Development of the parasite of Indian kala azar - Number 53
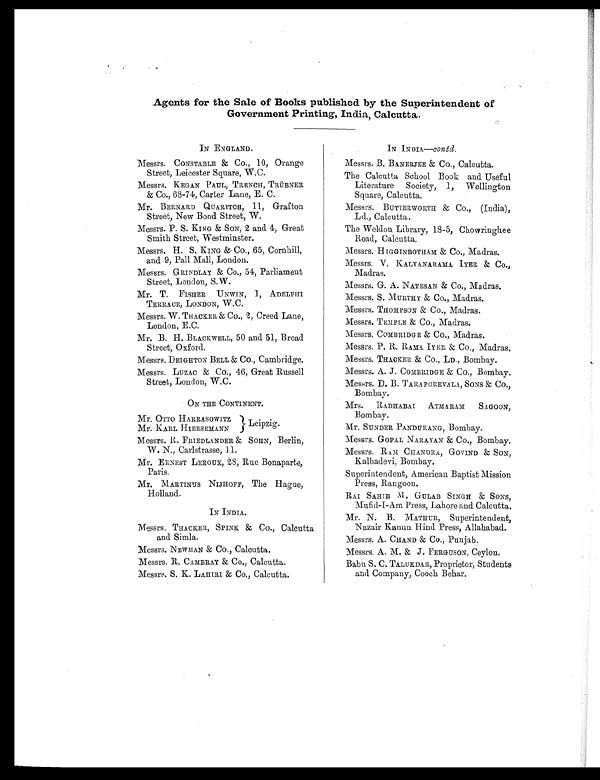
Agents for the Sale of Books published by the Superintendent of
Government Printing, India, Calcutta.
IN ENGLAND.
Messrs. CONSTABLE & Co., 10, Orange
Street, Leicester Square, W.C.
Messrs. KEGAN PAUL, TRENCH, TRÜBNER
& Co., 68-74, Carter Lane, E. C.
Mr. BERNARD QUARITCH, 11, Grafton
Street, New Bond Street, W.
Messrs. P. S. KING & SON, 2 and 4, Great
Smith Street, Westminster.
Messrs. H. S. KING & Co., 65, Cornhill,
and 9, Pall Mall, London.
Messrs. GRINDLAY & Co., 54, Parliament
Street, London, S.W.
Mr. T. FISHER UNWIN, 1, ADELPHI
TERRACE, LONDON, W.C.
Messrs. W. THACKER & Co., 2, Creed Lane,
London, E.C.
Mr. B. H. BLACKWELL, 50 and 51, Broad
Street, Oxford.
Messrs. DEIGHTON BELL & Co., Cambridge.
Messrs. LUZAC & Co., 46, Great Russell
Street, London, W.C.
ON THE CONTINENT.
Mr. OTTO HARRASOWITZ
Leipzig.
Mr. KARL HIERSEMANN
Messrs. R. FRIEDLANDER amp; SOHN, Berlin,
W. N., Carlstrasse, 11.
Mr. EARNEST LEROUX, 28, Rue Bonaparte,
Paris.
Mr. MARTINUS NIJHOFF, The Hague,
Holland.
IN INDIA.
Messrs, TRACKER, SPINK amp;Co., Calcutta
and Simla.
Messrs. NEWMAN amp;CO., Calcutta.
Messrs. R. CAMBRAY amp; Co., Calcutta.
Messrs. S. K. LAHIRI amp;Co., Calcutta.
IN INDIA—contd.
Messrs. B. BANERJEE & CO., Calcutta.
The Calcutta School Book and Useful
Literature Society, 1, Wellington
Square, Calcutta.
Messrs. BUTTERWORTH & Co., (India),
Ld., Calcutta.
The Weldon Library, 18-5, Chowringhee
Road, Calcutta.
Messrs. H IGGINBOTHAM &; Co., Madras.
Messrs. V. KALYANARAAMA IYER & CO.,
Madras.
Messrs. G. A. NATESAN &; Co., Madras.
Messrs. S. MURTHY & Co., Madras.
Messrs. THOMPSON &Co., Madras.
Messrs. TEMPLE & Co., Madras.
Messrs. COMBRIDGE & CO, Madras.
Messrs. P. R. RAMA. IYER & Co., Madras.
Messrs. THACKER & Co., LD., Bombay.
Messrs. A. J. COMBRDGE & Co., Bombay.
Messrs. D. B. TARAPOREVALA, SONS& Co.,
Bombay.
Mrs. RADHABAT ATMARAM SAGOON,
Bombay.
Mr. SUNDER PANDURANG, Bombay.
Messrs. COPAL NARAYAN & Co., Bombay.
Messrs. RAM CHANDRA, GOVIND & SON,
Kalbadevi, Bombay.
Superintendent, American Baptist Mission
Press, Rangoon.
RAI SAHIB M. GULAB SINGH & SONS,
Mufid-I-Am Press, Lahore and Calcutta.
Mr. N. B. MOTHER, Superintendent,
Nazair Kanun Hind Press, Allahabad.
Messrs. A. CHAND & Co., Punjab.
Messrs. A. M. & J. FERGUSON, Ceylon.
Baba S. C. TALUKDAR, Proprietor, Students
and Company, Cooch Behar.